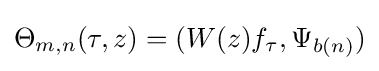
\Theta _{m,n}(\tau ,z)=(W(z)f_{\tau },\Psi _{b(n)})